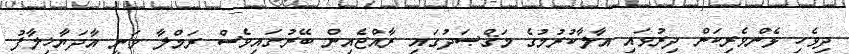
ދިވެހި ޅެންވެރިކަން ދިރުވައި އާލާކުރުމުގެ މަޤްޞަދުގައި ރާއްޖެއިން ބޭރުގައިވެސް ރަމްލާ ވަނީ އާދަޔާޚިލާފު